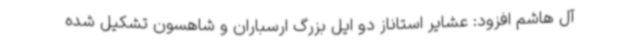
آل هاشم افزود: عشایر استاناز دو ایل بزرگ ارسباران و شاهسون تشکیل شده